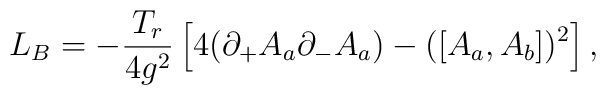
L_B=-\frac{T_r}{4g^2}\left[4(\partial_{+} A_a\partial_-A _a)-(\left[A_a,A_b\right])^2\right],